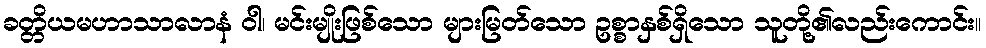
ခတ္တိယမဟာသာလာနံ ဝါ၊ မင်းမျိုးဖြစ်သော များမြတ်သော ဥစ္စာနှစ်ရှိသော သူတို့၏လည်းကောင်း။